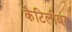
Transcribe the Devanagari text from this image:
कैटिलीवर